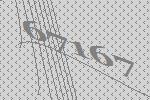
67167